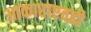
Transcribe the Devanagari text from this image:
आकाराएवढी